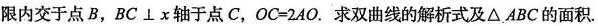
限内交于点B，$$BC \perp x$$轴于点C，$$OC=2AO$$. 求双曲线的解析式及\triangle ABC的面积.